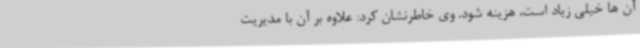
آن ها خیلی زیاد است، هزینه شود. وی خاطرنشان کرد: علاوه بر آن با مدیریت